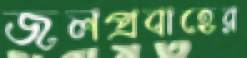
জলপ্রবাহের